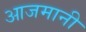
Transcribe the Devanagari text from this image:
आजमानी